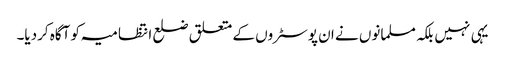
یہی نہیں بلکہ مسلمانوں نے ان پوسٹروں کے متعلق ضلع انتظامیہ کو آگاہ کردیا۔